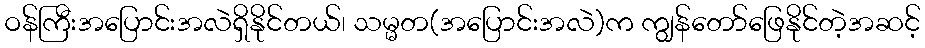
ဝန်ကြီးအပြောင်းအလဲရှိနိုင်တယ်၊ သမ္မတ(အပြောင်းအလဲ)က ကျွန်တော်ဖြေနိုင်တဲ့အဆင့်